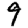
Digit: 9